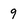
Character: q